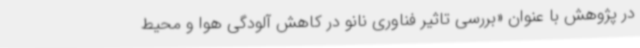
در پژوهش با عنوان «بررسی تاثیر فناوری نانو در کاهش آلودگی هوا و محیط